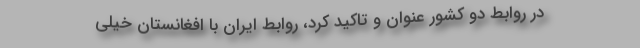
در روابط دو کشور عنوان و تاکید کرد، روابط ایران با افغانستان خیلی